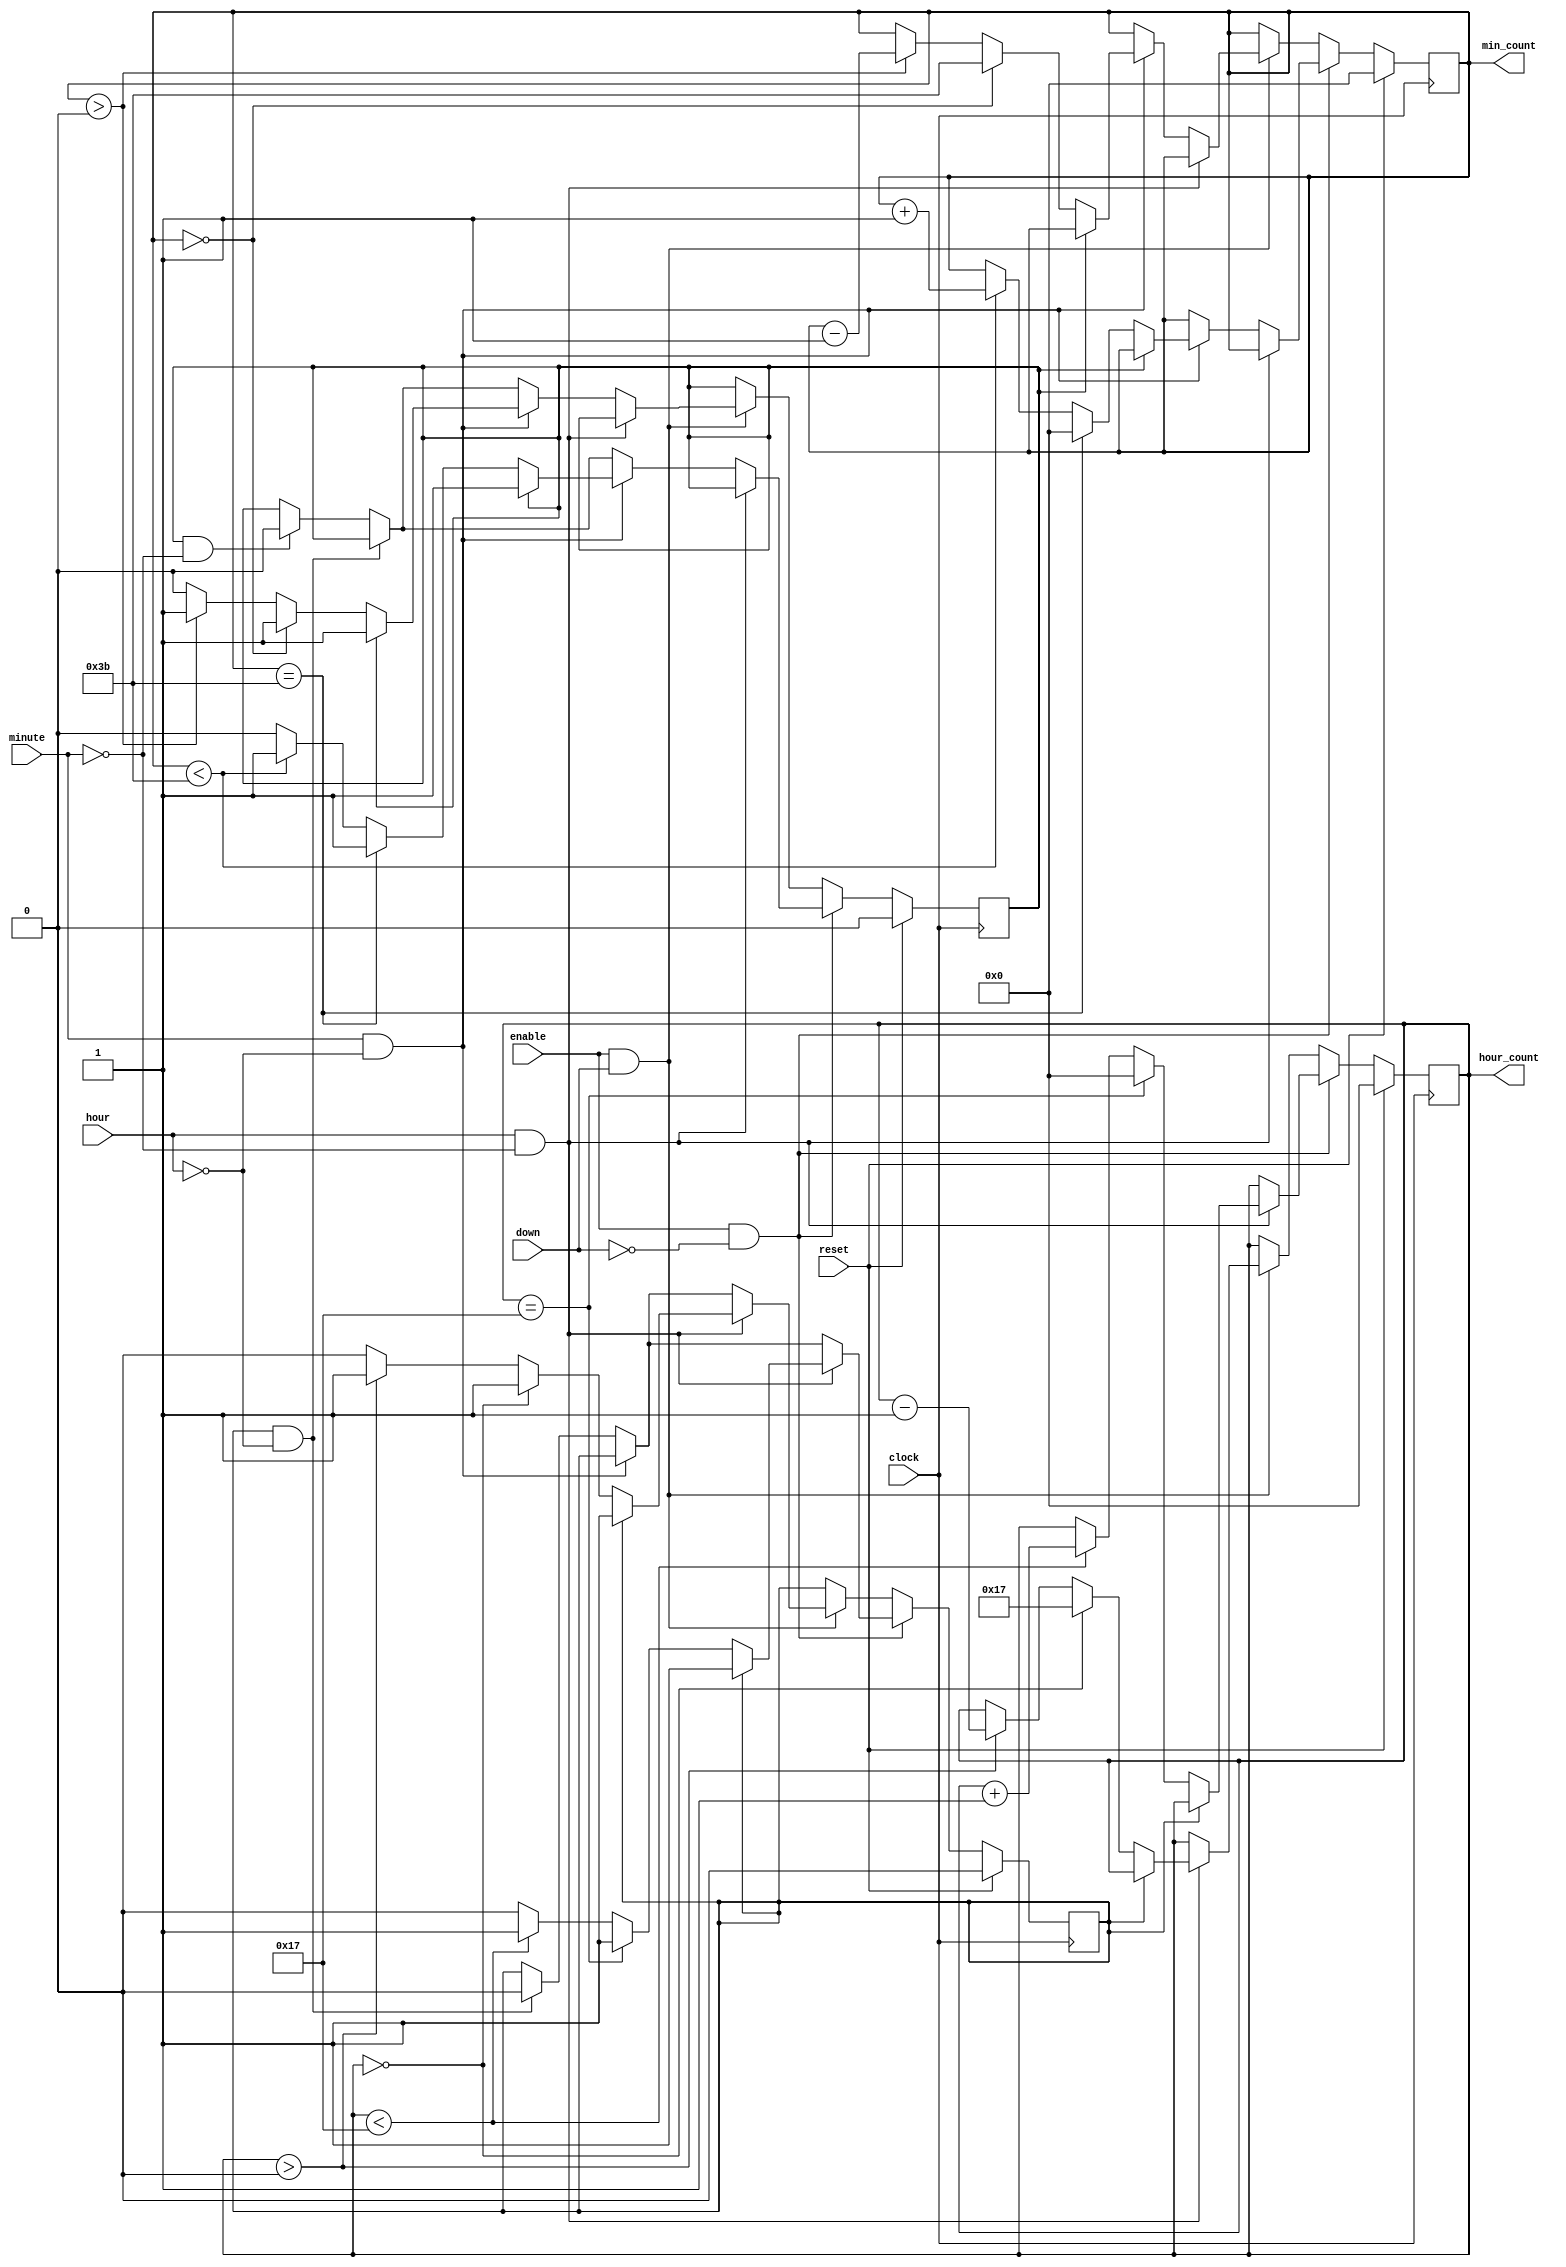
`timescale 1ns / 1ps


module loader1(input down,input enable, input reset, input hour, input minute, input clock, 
output reg [5:0] hour_count, output reg  [5:0] min_count
    );
    

    reg tracker_hour =0;
    reg tracker_min =0;

    always @(posedge clock) begin
        if (reset) begin hour_count <= 0; min_count <=0; tracker_hour <=0; tracker_min<=0; end 
    
        // if enable and not counting down, counter will increment
        else if (enable && !down) begin 
            //if changing the hour
            if (hour && (!minute)) begin 
                //tracker hour is set to assure that +1 happens only once when button is pushed
                //if the hour incrementer is held, it would have originally incremented the hour
                //at every clock edge, this tracker only keeps it for the first increment push
                if(tracker_hour ==0) begin 
                if(hour_count == 23) begin hour_count <= 0; tracker_hour <=1;end 
                else if (hour_count < 23) begin hour_count <= hour_count + 1; 
                tracker_hour <=1; end
            end  
            
        end
        
        
        // if changing the minutes
        else if (minute && (!hour)) begin
                if (tracker_min ==0) begin 
                    //only change minutes +1 once with the tracker_min feature
                    if (min_count == 59) begin min_count <= 0; tracker_min <=1;  
                    end
            
                    else if(min_count < 59) begin min_count <= min_count + 1; 
                    tracker_min <=1; 
                    end
                end
            
        end  
        
        //once button is let go and tracker has been set off, then continue and set tracker back to zero
        else if(tracker_hour ==1 && (!hour)) begin
            tracker_hour <=0;   
        end    
                     
        else if(tracker_min ==1 && (!minute)) begin
            tracker_min <=0;   
        end   
                   
        end//end cases for increment 
      
      
        //else do the same stuff except with down count now 
        else if (enable && down) begin 
            if (hour && (!minute)) begin 
                if(tracker_hour ==0) begin 
                    if(hour_count == 0) begin  hour_count <= 23; tracker_hour <=1; 
                    end 
                
                    else if (hour_count > 0) begin hour_count <= hour_count - 1; 
                    tracker_hour <=1; end
                    end                  
                end
            
            else if (minute && (!hour)) begin
                if (tracker_min ==0) begin 
                    if (min_count == 0) begin min_count <= 59; tracker_min <=1;  
                    end
                
                else if(min_count > 0) begin min_count <= min_count - 1; 
                    tracker_min <=1; 
                end
            
            end        
        end  
            
        else if(tracker_hour ==1 && (!hour)) begin
            tracker_hour <=0;   
        end    
                         
        else if(tracker_min ==1 && (!minute)) begin
            tracker_min <=0;   
        end 
        
                                  
        end //end decrement cases 
    end//end always @ 
    
endmodule